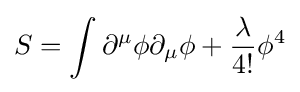
S=\int \partial ^{\mu }\phi \partial _{\mu }\phi +{\frac {\lambda }{4!}}\phi ^{4}